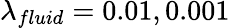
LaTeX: \lambda_{fluid}=0.01,0.001